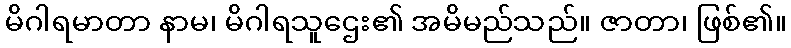
မိဂါရမာတာ နာမ၊ မိဂါရသူဌေး၏ အမိမည်သည်။ ဇာတာ၊ ဖြစ်၏။